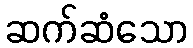
ဆက်ဆံသော